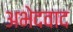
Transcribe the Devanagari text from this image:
अभेदवाद